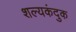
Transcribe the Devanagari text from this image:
शल्यकंदुक